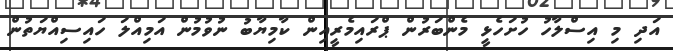
އަދި މި އިސްލާހު ހުށަހެޅީ މެންބަރުން ޕްރައިމެރީއިން ކާމިޔާބު ނުުވުމުން އަމިއްލަ ހައިސިއްޔަތުން